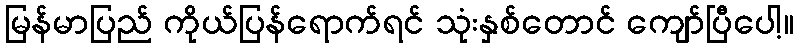
မြန်မာပြည် ကိုယ်ပြန်ရောက်ရင် သုံးနှစ်တောင် ကျော်ပြီပေါ့။